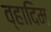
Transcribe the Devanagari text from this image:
व्हादिम